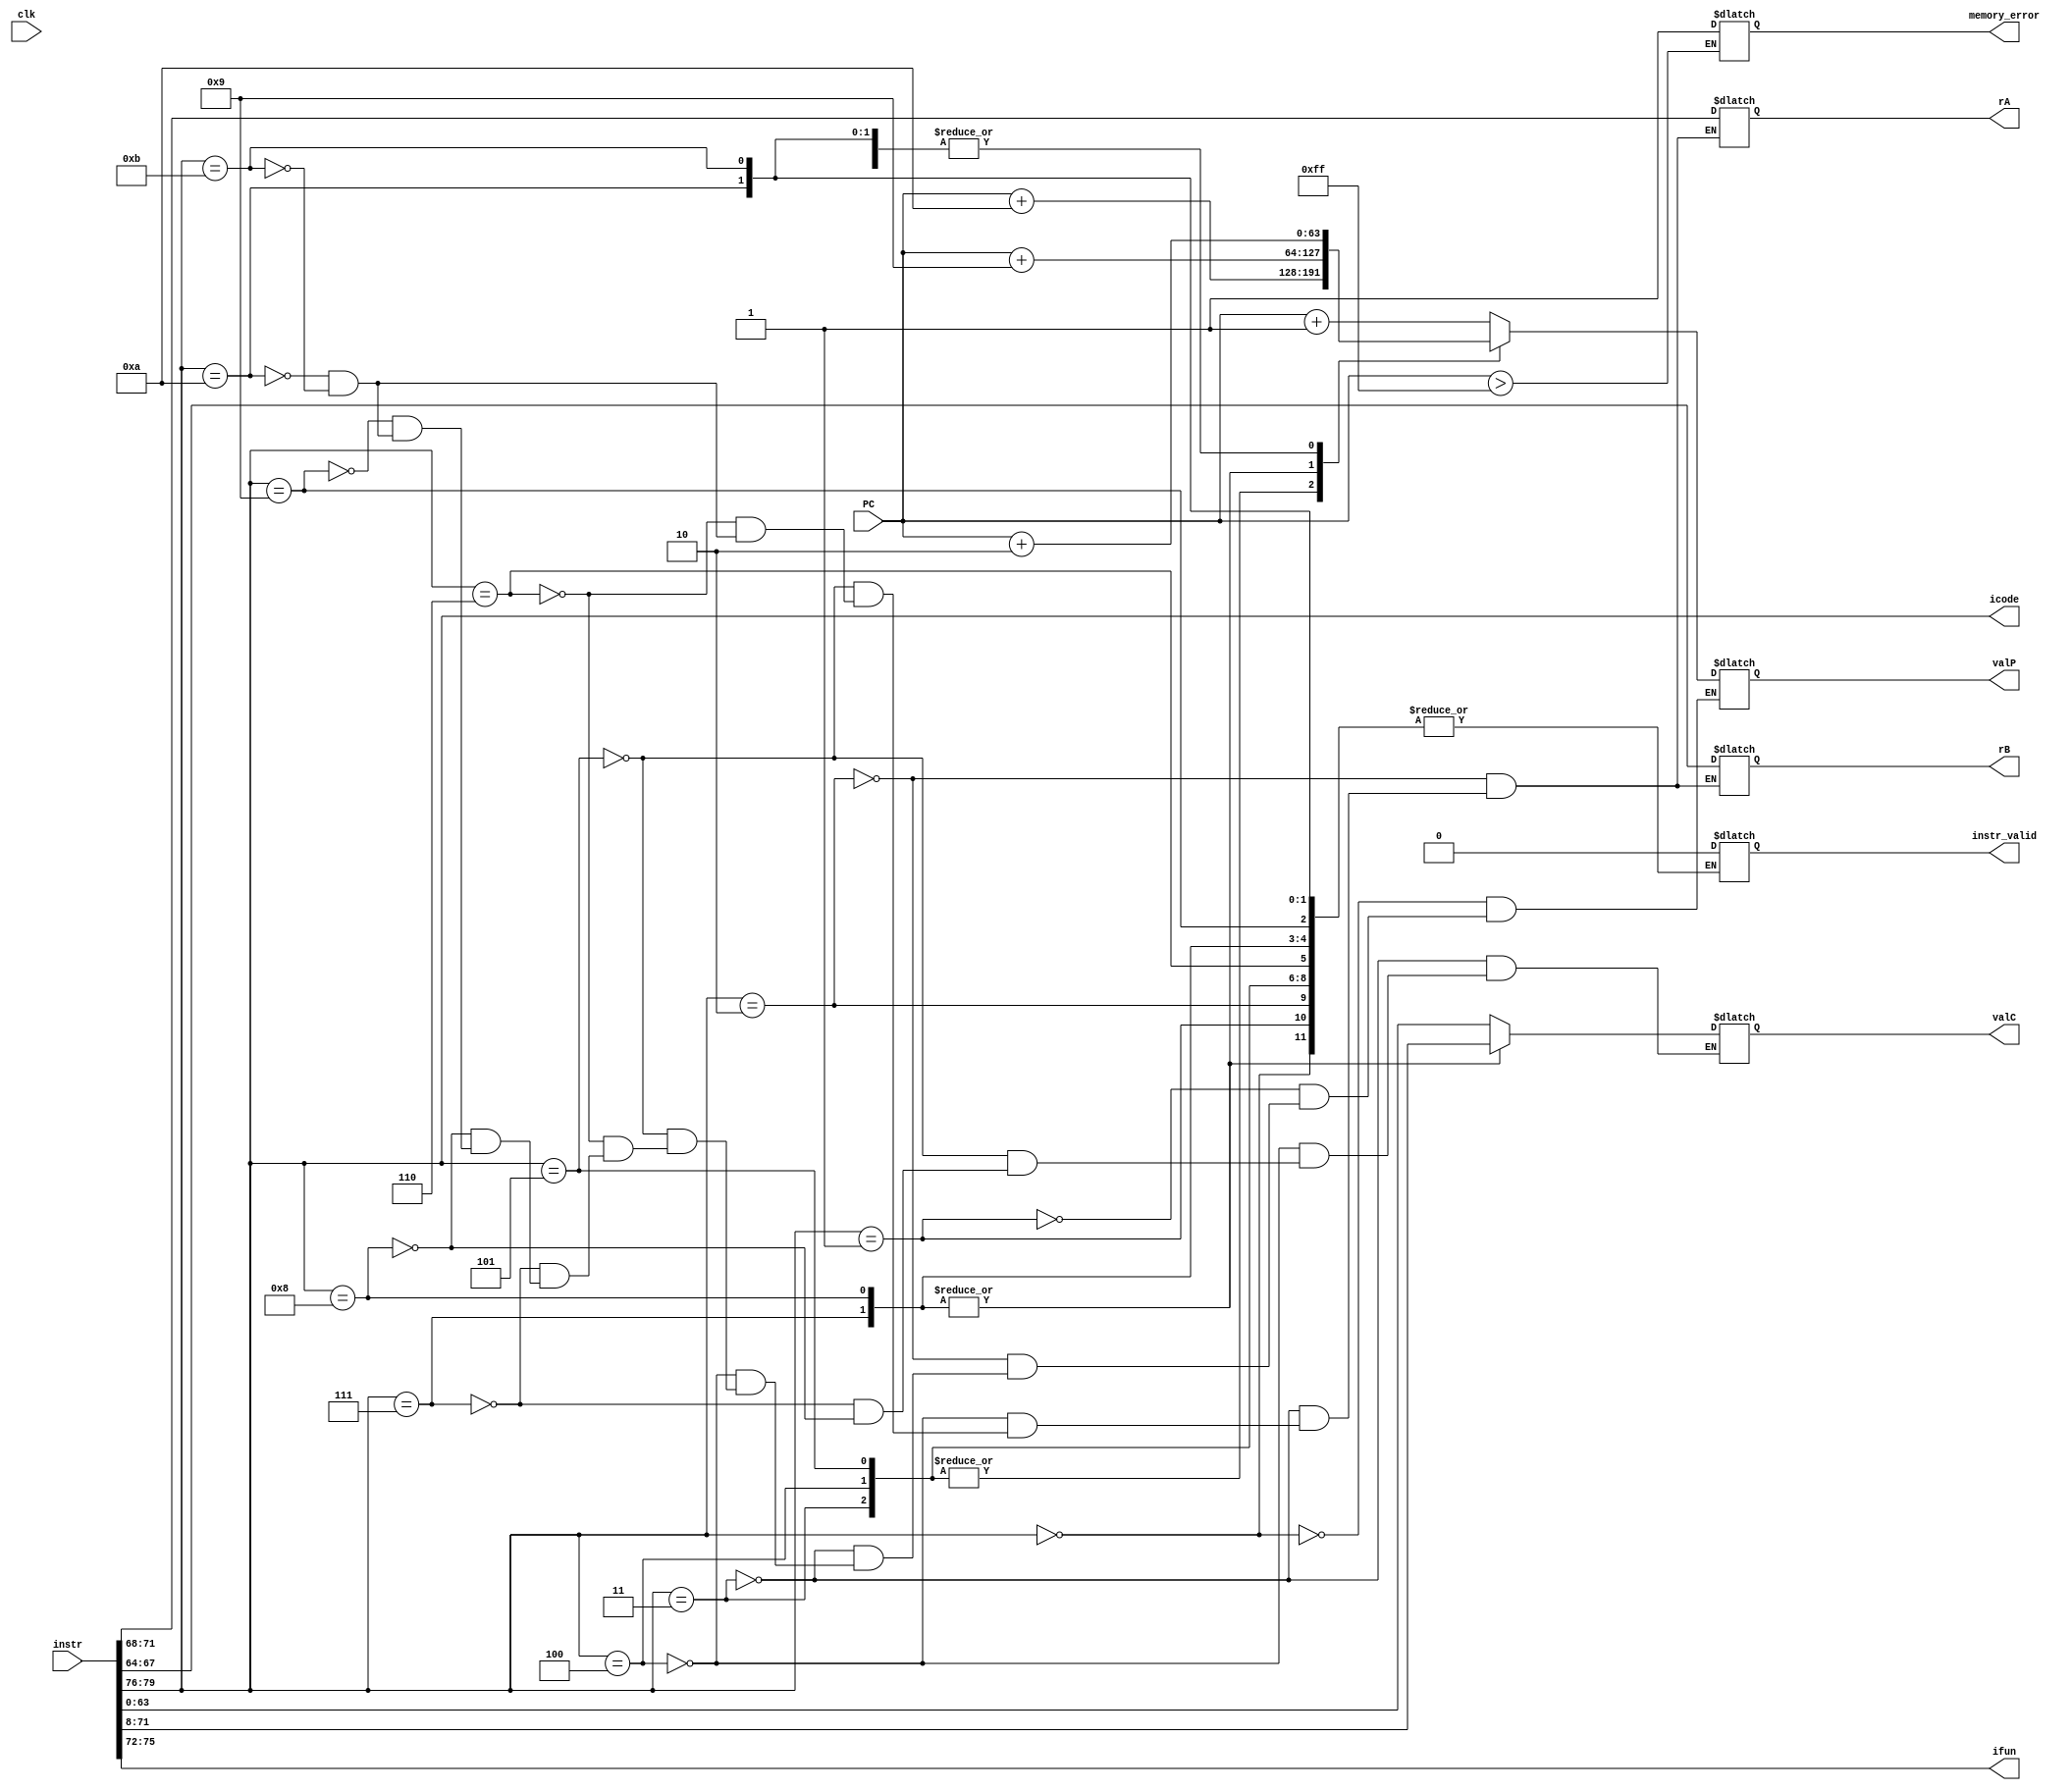
module fetch (clk,icode,ifun,rA,rB,valC,valP,memory_error,instr_valid,instr,PC);

input clk; //This is the input clock
input [63:0] PC; //This is the program counter where 63rd bit is MSB
input [0:79] instr; //This is the current instruction (10bytes)
output reg [3:0] icode,ifun; // 4bit each (instruction)
// icode-> Instruction Code   ifun->Instruction Function 
output reg [3:0] rA,rB;// 4 bit each (Register/Memory address)
output reg [63:0] valC; // 8 byte constant (immediate)
output reg [63:0] valP;// New(incremented) PC
output reg memory_error=0, instr_valid=1;

// memory_error -> To check if PC value is correct address or not
//instr_valid  -> To check if our instruction is between 0 to 11 

always @(*)
begin

    if(PC>255) // 255 is just a random number for memory instruction
    begin
        memory_error=1;
    end

    icode=instr[0:3];
    ifun=instr[4:7];

    //We can use the case implementation or if-else
    //In case the default : can set instr_valid to 0

    case(icode)

    4'b0000: //halt
    begin
        valP=PC+1;
    end

    4'b0001: //nop
    begin 
        valP=PC+1;
    end

    4'b0010: //cmovq
    begin
        rA=instr[8:11];
        rB=instr[12:15];
        valP=PC+2;
    end

    4'b0011: //irmovq
    begin
        rA=instr[8:11];
        rB=instr[12:15];
        valC=instr[16:79];
        valP=PC+10;
    end

    4'b0100: //rmmovq
    begin
        rA=instr[8:11]; 
        rB=instr[12:15];
        valC=instr[16:79];
        valP=PC+10;
    end

    4'b0101: //mrmovq
    begin
        rA=instr[8:11];
        rB=instr[12:15];
        valC=instr[16:79];
        valP=PC+10;
    end

    4'b0110: //Opq
    begin
        rA=instr[8:11];
        rB=instr[12:15];
        valP=PC+2;
    end

    4'b0111: //jxx
    begin
        valC=instr[8:71];
        valP=PC+9;
    end

    4'b1000: //call
    begin
        valC=instr[8:71];
        valP=PC+9;
    end

    4'b1001: //ret
    begin
        valP=PC+1;
    end

    4'hA: //pushq
    begin
        rA=instr[8:11];
        rB=instr[12:15];
        valP=PC+2;
    end

    4'hB: //popq
    begin
        rA=instr[8:11];
        rB=instr[12:15];
        valP=PC+2;
    end

    default:
        instr_valid=1'b0;

    endcase
end



endmodule